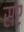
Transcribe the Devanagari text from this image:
सए